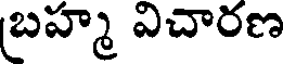
బ్రహ్మ విచారణ